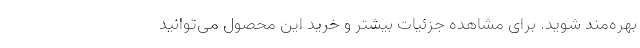
بهره‌مند شوید. برای مشاهده جزئیات بیشتر و خرید این محصول می‌توانید